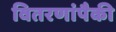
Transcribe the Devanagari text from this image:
वितरणांपैकी